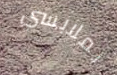
بملابسي